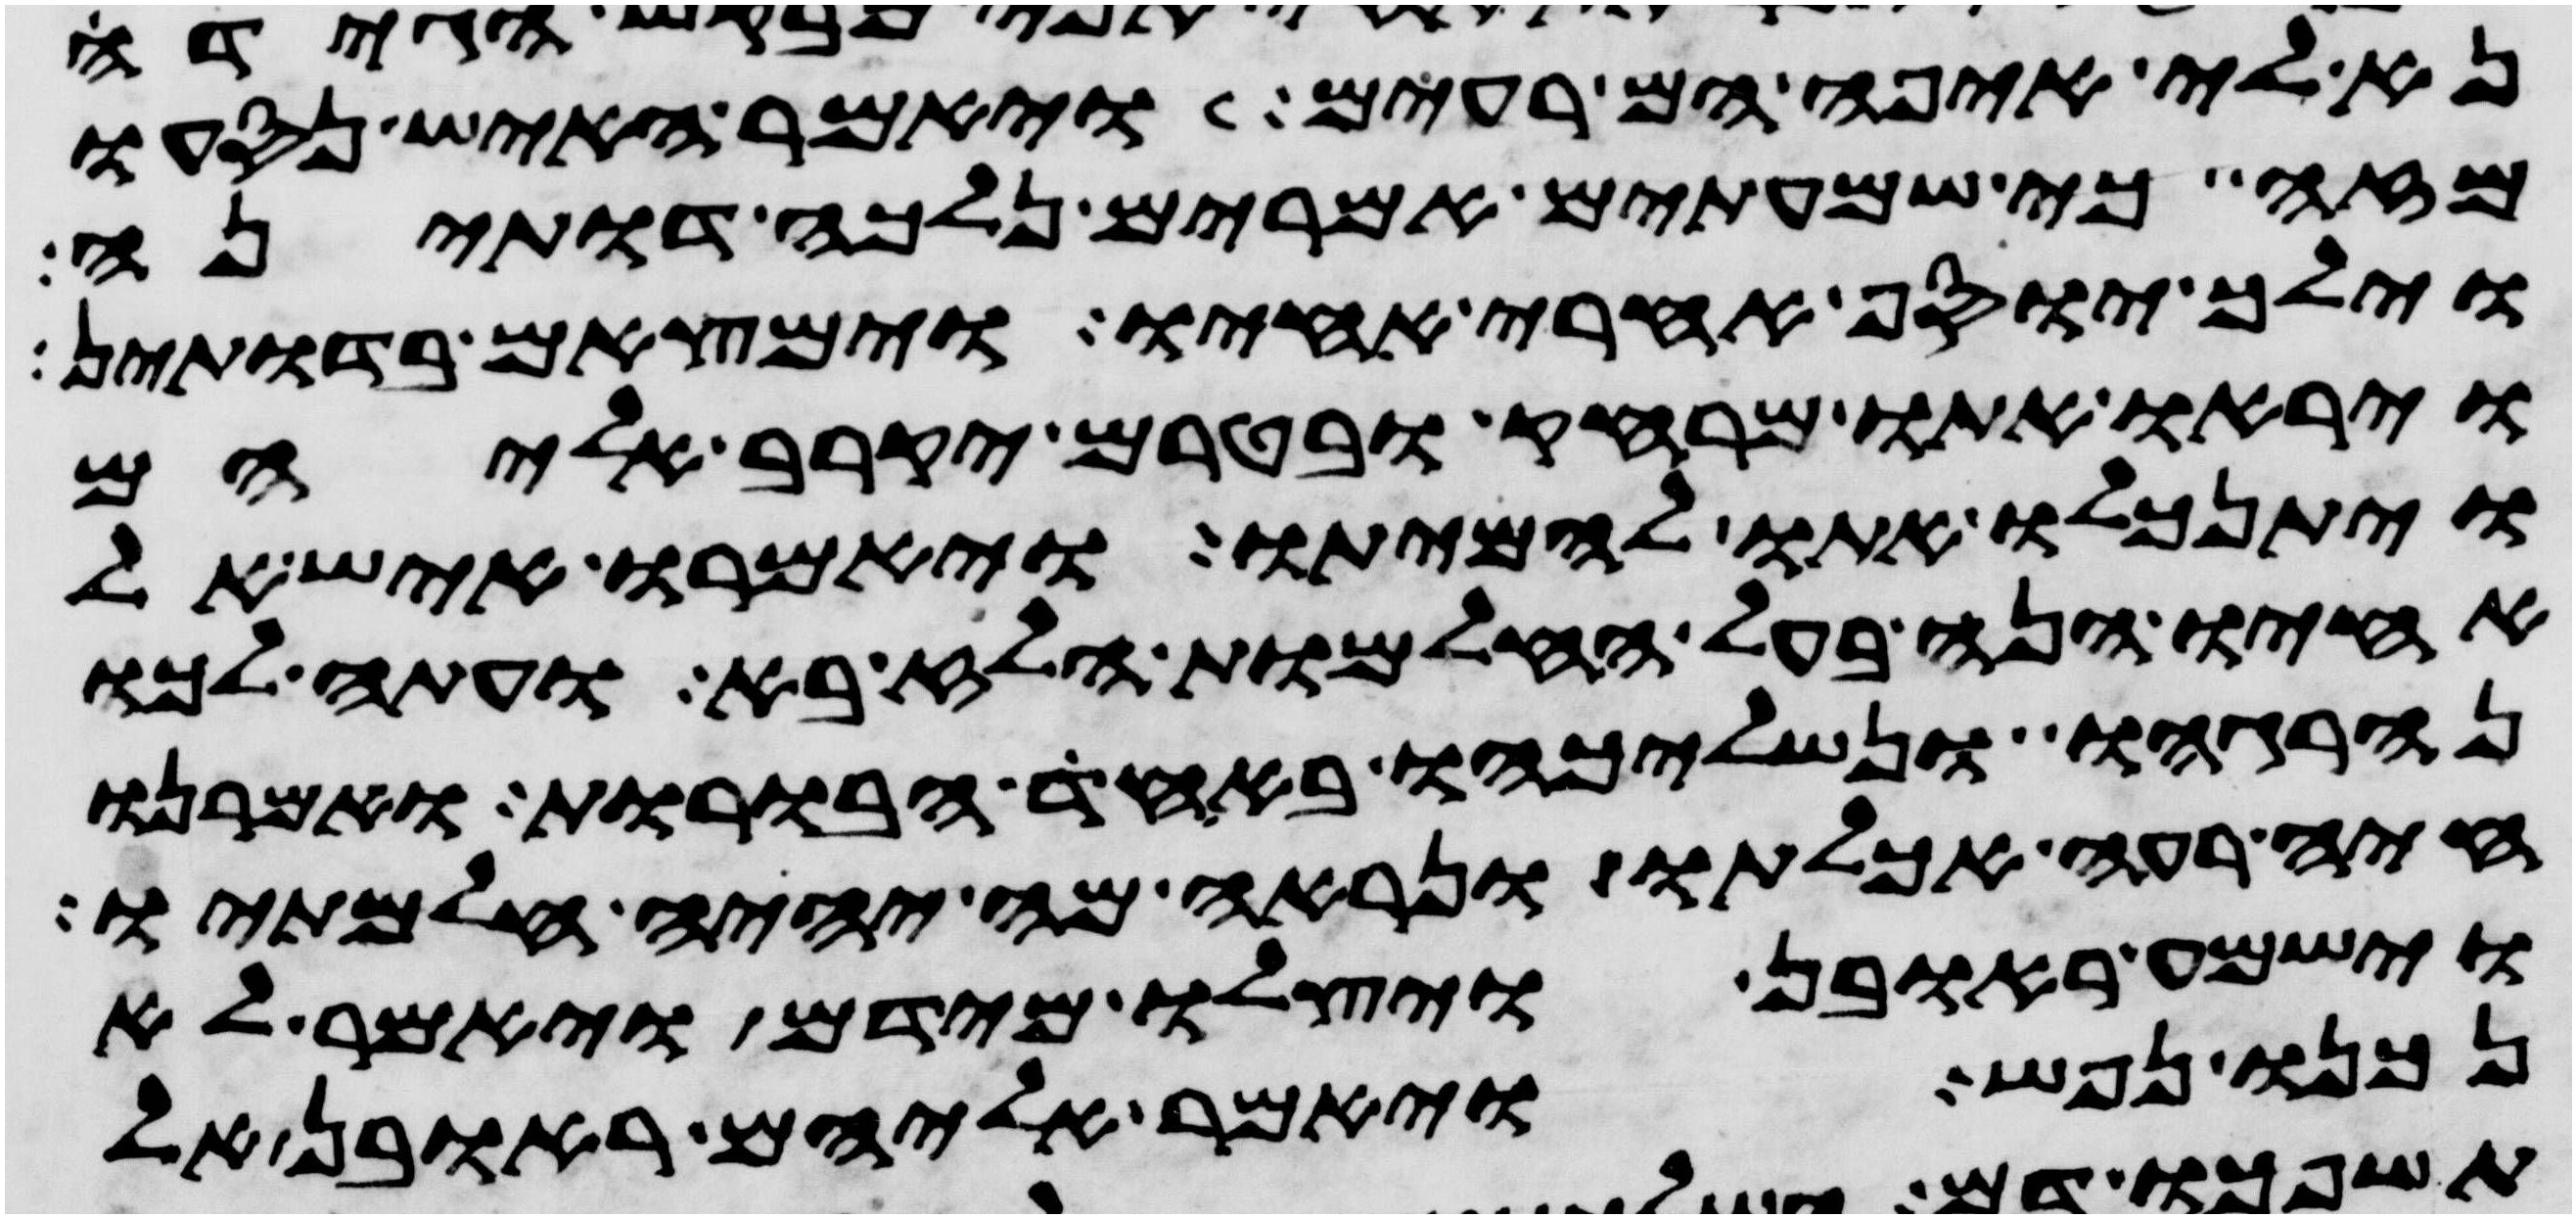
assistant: נא לי איפה הם רעים ויאמר האיש נסעו
מזה כי שמעתים אמרים נלכה דותינה
וילך יוסף אחרי אחיו וימצאם בדותין
ויראו אתו מרחק בטרם יקרב אליהם
ויתנכלו אתו להמיתו ויאמרו איש אל
אחיו הנה בעל החלמות הלז בא ועתה לכו
ונהרגהו ונשליכהו באחד הבורות ואמרנו
חיה רעה אכלתו ונראה מה יהיה חלמתיו
וישמע ראובן ויצלו מידם ויאמר לא
נכנו נפש ויאמר אליהם ראובן אל